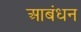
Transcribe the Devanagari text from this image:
आबंधन